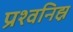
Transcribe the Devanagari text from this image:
प्रश्वनिह्न